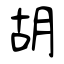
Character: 胡